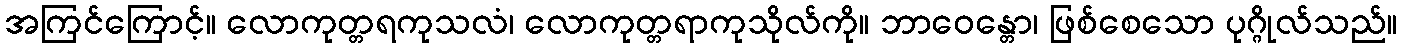
အကြင်ကြောင့်။ လောကုတ္တရကုသလံ၊ လောကုတ္တရာကုသိုလ်ကို။ ဘာဝေန္တော၊ ဖြစ်စေသော ပုဂ္ဂိုလ်သည်။